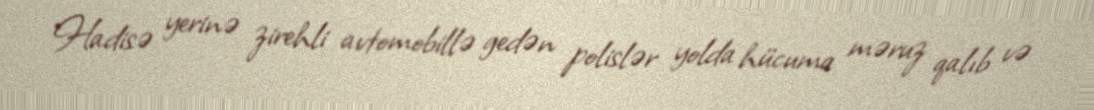
Hadisə yerinə zirehli avtomobillə gedən polislər yolda hücuma məruz qalıb və